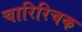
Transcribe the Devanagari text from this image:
चारिरिचक